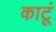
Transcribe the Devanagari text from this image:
काटूं